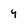
Character: y